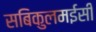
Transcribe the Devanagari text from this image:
सबिकुलमईसी